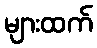
များထက်